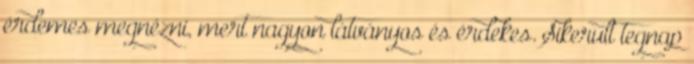
érdemes megnézni, mert nagyon látványos és érdekes. Sikerult tegnap